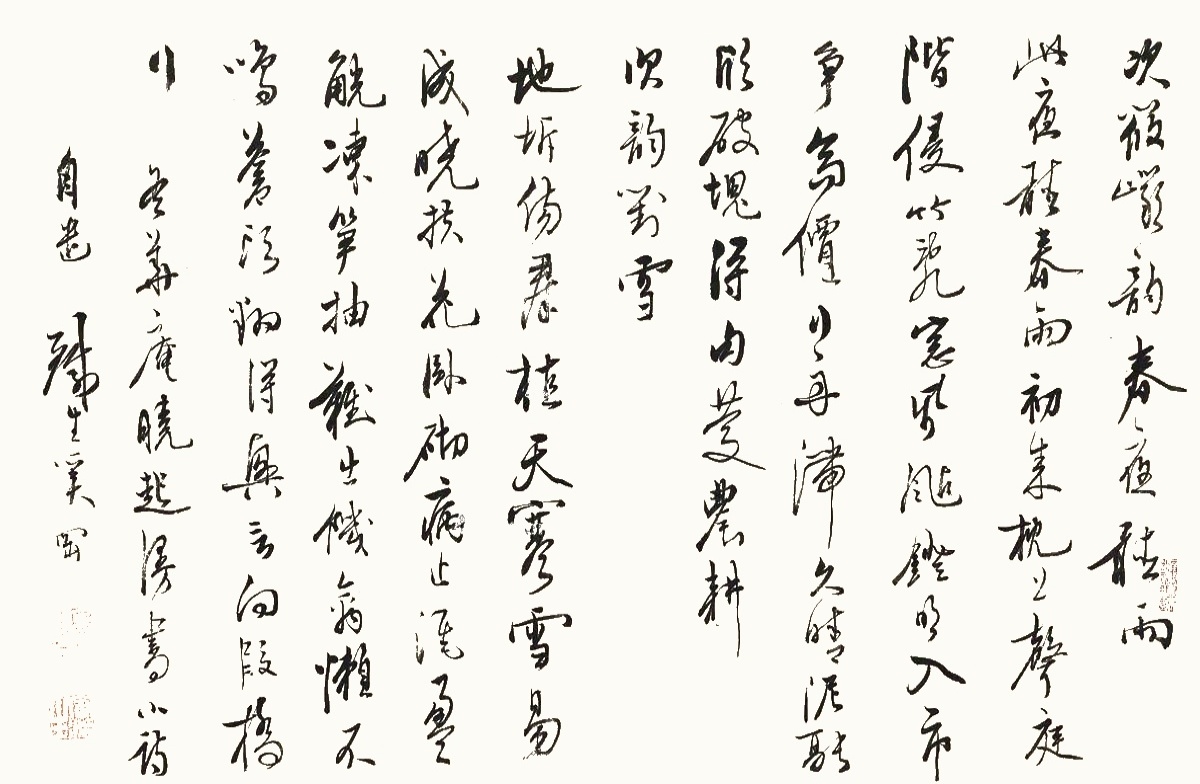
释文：次筱岩韵春夜听雨。此夜听春雨，初来枕上声。庭阶侵竹乱，窓纸飐镫明。入市争高价，行舟滞久晴。泥融欣破块，得句庆农耕。次韵对雪。地坼伤群植，天寒雪易成。晓扶花卧砌，病止酒盈觥。冻笋抽难出，饥禽懒不鸣。苍头翻得兴，言向叚桥行。冬华庵晓起漫书小诗自遣。铁生奚冈。